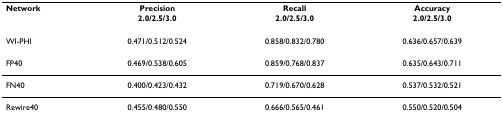
| Network | Precision | Recall | Accuracy |
 |  | 2.0/2.5/3.0 | 2.0/2.5/3.0 | 2.0/2.5/3.0 |
 | --- | --- | --- | --- |
 | WI-PHI | 0.471/0.512/0.524 | 0.858/0.832/0.780 | 0.636/0.657/0.639 |
 | FP40 | 0.469/0.538/0.605 | 0.859/0.768/0.837 | 0.635/0.643/0.711 |
 | FN40 | 0.400/0.423/0.432 | 0.719/0.670/0.628 | 0.537/0.532/0.521 |
 | Rewire40 | 0.455/0.480/0.550 | 0.666/0.565/0.461 | 0.550/0.520/0.504 |